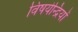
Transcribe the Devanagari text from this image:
विषयेन्द्रियों